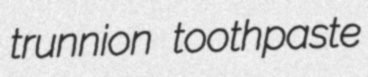
trunnion toothpaste